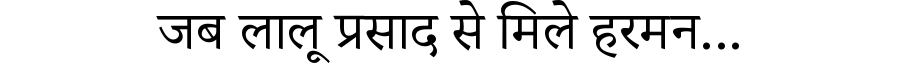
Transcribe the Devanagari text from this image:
जब लालू प्रसाद से मिले हरमन...